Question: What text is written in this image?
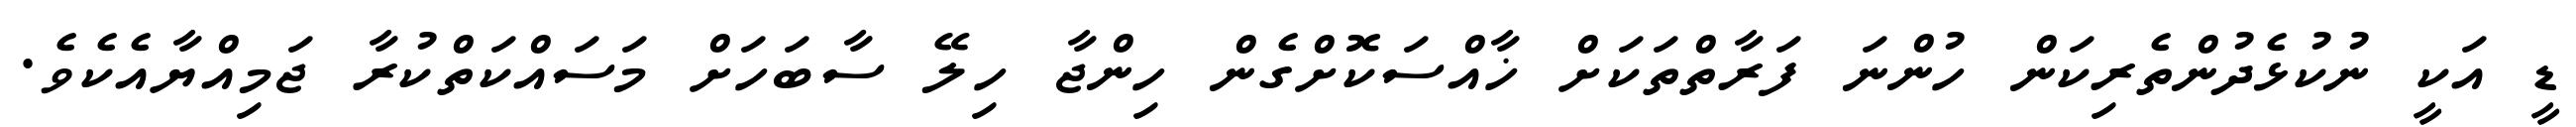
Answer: ޑީ އަކީ ނުކުޅެދުންތެރިކަން ހުންނަ ފަރާތްތަކަށް ޚާއްސަކޮށްގެން ހިންޖާ ހިލޭ ސާބަހަށް މަސައްކަތްކުރާ ޖަމިއްޔާއެކެވެ.